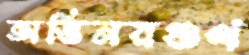
অভিনয়গুণ